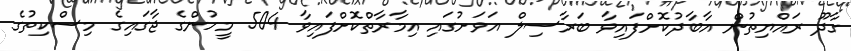
ގާދޫ ރައްޔިތުން އާބާދުކޮށްފައިވާ ބަރާސިލް އަވަށުގައި އިމާރާތްކޮށްފައިވާ 504 މީހުންގެ ޖާގައިގެ މިސްކިތުގެ